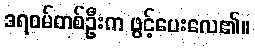
ဒရဝမ်တစ်ဦးက ဖွင့်ပေးလေ၏။